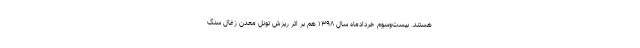
هستند. بیست‌وسوم خردادماه سال ۱۳۹۸ هم بر اثر ریزش تونل معدن زغال سنگ